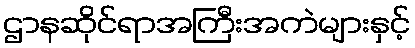
ဌာနဆိုင်ရာအကြီးအကဲများနှင့်